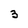
Character: 3